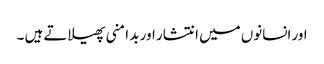
اور انسانوں میں انتشار اور بد امنی پھیلاتے ہیں ۔